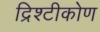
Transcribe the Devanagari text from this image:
द्रिश्टीकोण